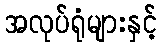
အလုပ်ရုံများနှင့်